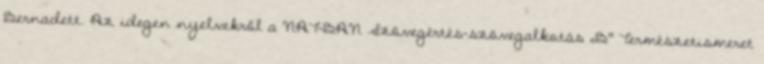
Bernadett. Az idegen nyelvekről a NAT-BAN Szövegértés-szövegalkotás „B” Természetismeret